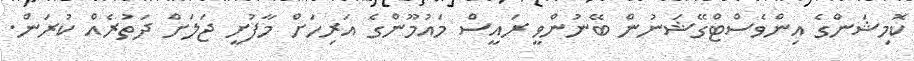
ކޮމިޝަންގެ އިންވެސްޓްގޭޝަނުން ބޭނުންވީ ރައީސް މައުމޫންގެ އަރިހަށް މާފުށީ ޖަލަށް ދަތުރެއް ކުރަން.